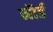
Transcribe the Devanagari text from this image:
नौर्ड